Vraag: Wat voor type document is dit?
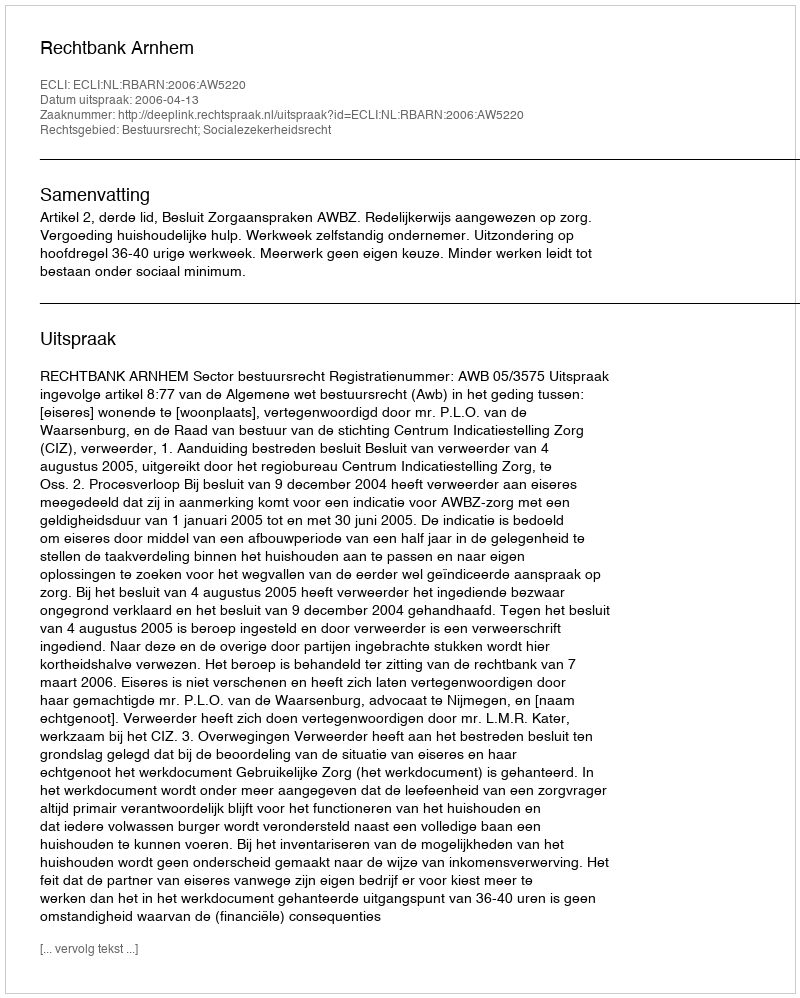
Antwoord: Uitspraak